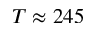
T \approx 2 4 5